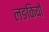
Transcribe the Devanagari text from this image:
लङकियों